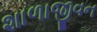
શાળાજીવન